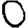
Digit: 0